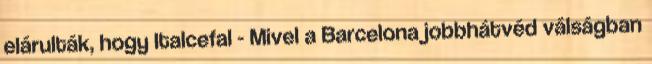
elárulták, hogy Italcefal - Mivel a Barcelona jobbhátvéd válságban